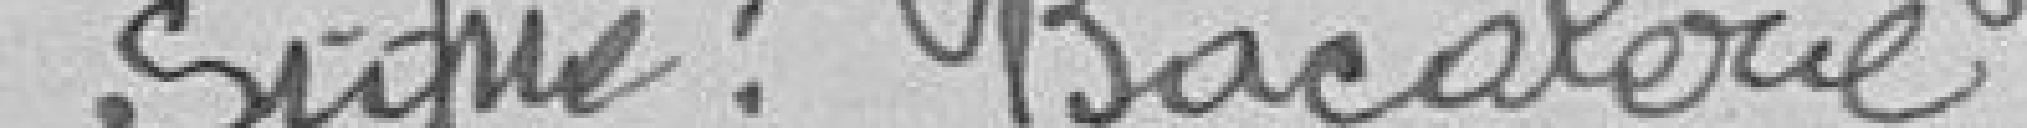
Signé : Bacalerie